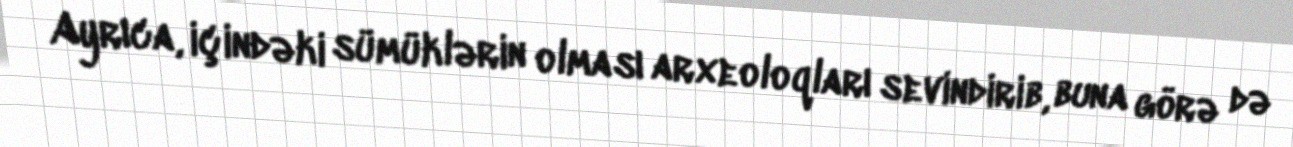
Ayrıca, içindəki sümüklərin olması arxeoloqları sevindirib, buna görə də